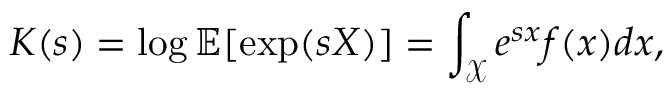
K ( s ) = \log \mathbb { E } [ \exp ( s X ) ] = \int _ { \mathcal { X } } e ^ { s x } f ( x ) d x ,